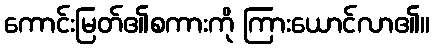
ကောင်းမြတ်၏စကားကို ကြားယောင်လာ၏။